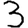
Digit: 3